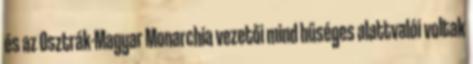
és az Osztrák-Magyar Monarchia vezetői mind hűséges alattvalói voltak